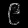
Digit: ၉